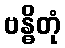
ဗန္ဓိတုံ